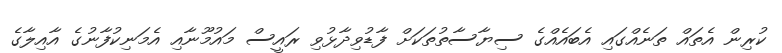
ކުރިން އެތައް ތަނެއްގައި އެބައެއްގެ ސިޔާސާތުތަކަށް ފާޑުވިދާޅުވި ރައީސް މައުމޫނާއި އެމަނިކުފާނުގެ އާއިލާގެ